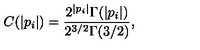
C ( | p _ { i } | ) = \frac { 2 ^ { | p _ { i } | } \Gamma ( | p _ { i } | ) } { 2 ^ { 3 / 2 } \Gamma ( 3 / 2 ) } ,